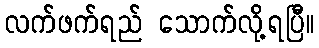
လက်ဖက်ရည် သောက်လို့ရပြီ။